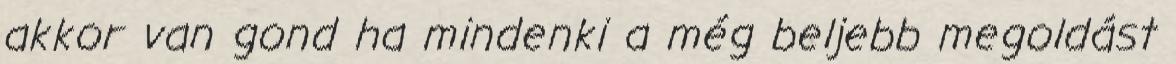
akkor van gond ha mindenki a még beljebb megoldást